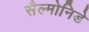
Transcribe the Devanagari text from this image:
सैल्मोनिडे